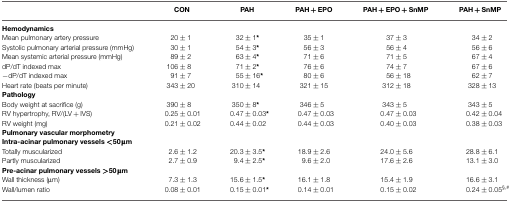
|  | CON | PAH | PAH + EPO | PAH + EPO + SnMP | PAH + SnMP |
 | --- | --- | --- | --- | --- | --- |
 | Hemodynamics |
 | Mean pulmonary artery pressure | 20 ± 1 | 32 ± 1* | 35 ± 1 | 37 ± 3 | 34 ± 2 |
 | Systolic pulmonary arterial pressure (mmHg) | 30 ± 1 | 54 ± 3* | 56 ± 3 | 56 ± 4 | 56 ± 6 |
 | Mean systemic arterial pressure (mmHg) | 89 ± 2 | 63 ± 4* | 71 ± 6 | 71 ± 5 | 67 ± 4 |
 | dP/dT indexed max | 106 ± 8 | 71 ± 2* | 76 ± 6 | 74 ± 7 | 67 ± 6 |
 | −dP/dT indexed max | 91 ± 7 | 55 ± 16* | 80 ± 6 | 56 ± 18 | 62 ± 7 |
 | Heart rate (beats per minute) | 343 ± 20 | 310 ± 14 | 321 ± 15 | 312 ± 18 | 328 ± 13 |
 | Pathology |
 | Body weight at sacrifice (g) | 390 ± 8 | 350 ± 8* | 346 ± 5 | 343 ± 5 | 343 ± 5 |
 | RV hypertrophy, RV/(LV + IVS) | 0.25 ± 0.01 | 0.47 ± 0.03* | 0.47 ± 0.03 | 0.47 ± 0.03 | 0.42 ± 0.04 |
 | RV weight (mg) | 0.21 ± 0.02 | 0.44 ± 0.02 | 0.44 ± 0.03 | 0.40 ± 0.03 | 0.38 ± 0.03 |
 | Pulmonary vascular morphometry |
 | Intra-acinar pulmonary vessels <50 μm |
 | Totally muscularized | 2.6 ± 1.2 | 20.3 ± 3.5* | 18.9 ± 2.6 | 24.0 ± 5.6 | 28.8 ± 6.1 |
 | Partly muscularized | 2.7 ± 0.9 | 9.4 ± 2.5* | 9.6 ± 2.0 | 17.6 ± 2.6 | 13.1 ± 3.0 |
 | Pre-acinar pulmonary vessels >50 μm |
 | Wall thickness (μm) | 7.3 ± 1.3 | 15.6 ± 1.5* | 16.1 ± 1.8 | 15.4 ± 1.9 | 16.6 ± 3.1 |
 | Wall/lumen ratio | 0.08 ± 0.01 | 0.15 ± 0.01* | 0.14 ± 0.01 | 0.15 ± 0.02 | 0.24 ± 0.05§,# |